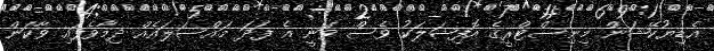
އެޑިޔުކޭޝަން މިނިސްޓްރީގެ އޮފިޝަލަކު ވެސް ވަނީ އެ ފަދަ މައްސަލައެއް ދިމާވެފައި ވާކަން